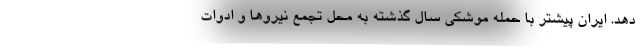
دهد. ایران پیشتر با حمله موشکی سال گذشته به محل تجمع نیروها و ادوات